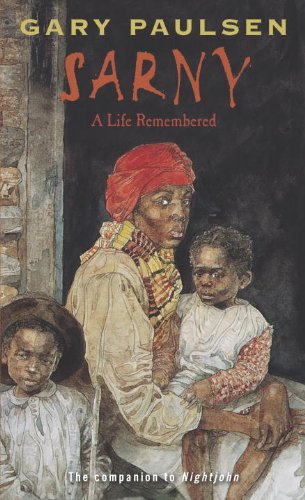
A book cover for Sarny; Gary Paulsen; Teen & Young Adult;